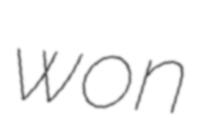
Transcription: won